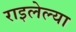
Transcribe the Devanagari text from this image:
राइलेल्या